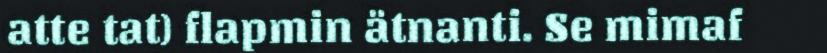
atte tat) flapmin ätnanti. Se mimaf